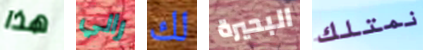
هذا راني لك البحيرة نمتلك